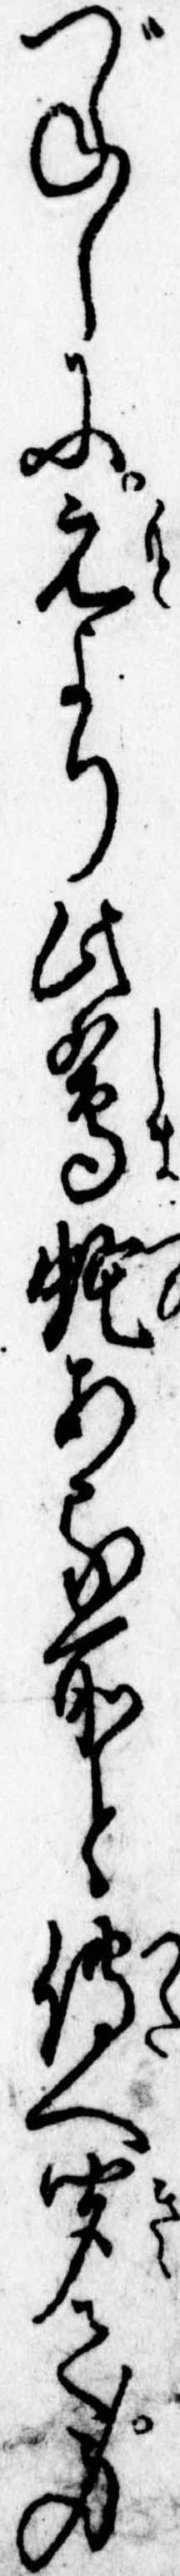
づねしに元より此島蛇ある所と伝へ聞て身